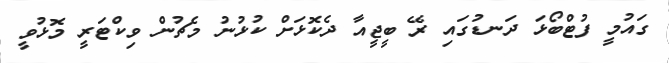
ގައުމީ ފުޓްބޯޅަ ދަނޑުގައި ރޭ ބީޖީއާ ދެކޮޅަށް ކުޅުނު މެޗުން ވިކްޓަރީ މޮޅުވީ